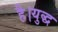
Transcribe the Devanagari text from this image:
है।युद्ध